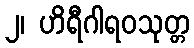
၂၊ ဟိရီဂါရဝသုတ္တ